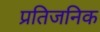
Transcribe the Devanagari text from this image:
प्रतिजनिक